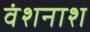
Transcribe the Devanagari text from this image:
वंशनाश